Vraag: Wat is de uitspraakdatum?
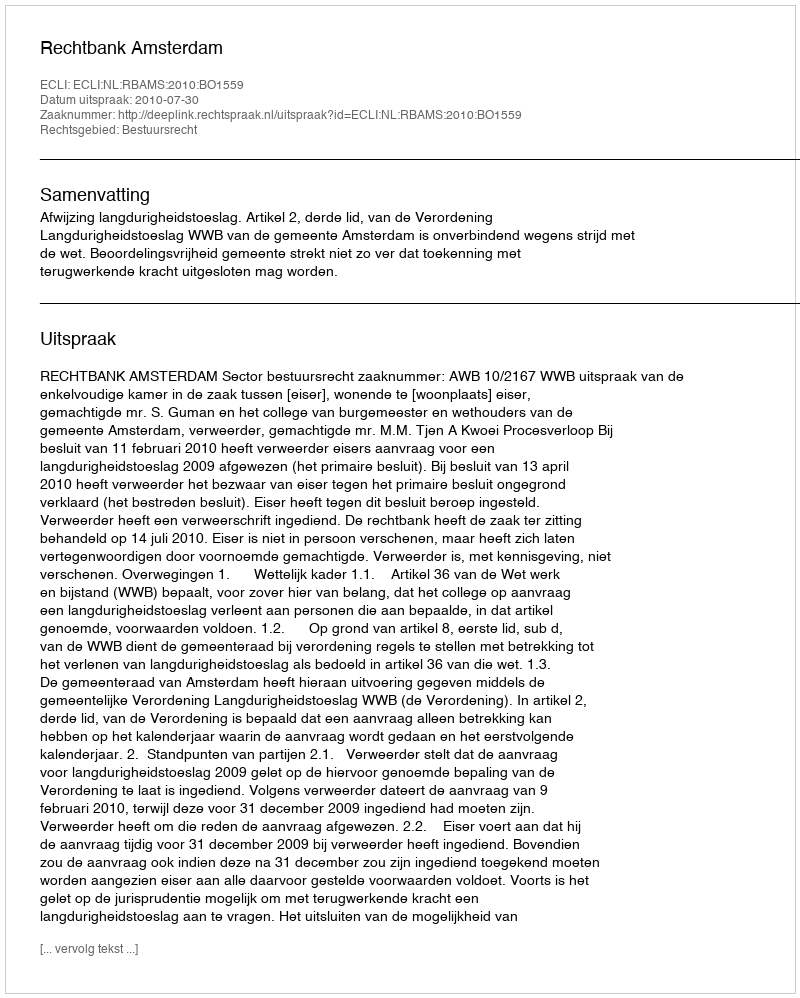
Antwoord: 2010-07-30